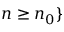
n \geq n _ { 0 } \}